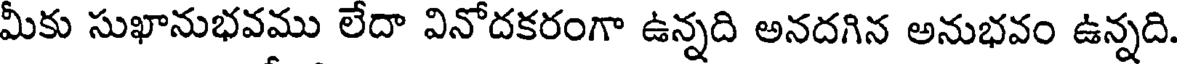
మీకు సుఖానుభవము లేదా వినోదకరంగా ఉన్నది అనదగిన అనుభవం ఉన్నది